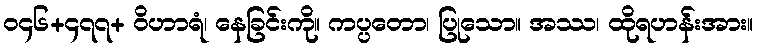
ဝ၄၆+၄၇၇+ ဝိဟာရံ၊ နေခြင်းကို။ ကပ္ပတော၊ ပြုသော။ အဿ၊ ထိုရဟန်းအား။